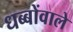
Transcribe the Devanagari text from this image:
धब्बोंवाले